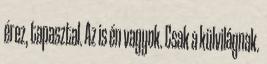
érez, tapasztal. Az is én vagyok. Csak a külvilágnak.